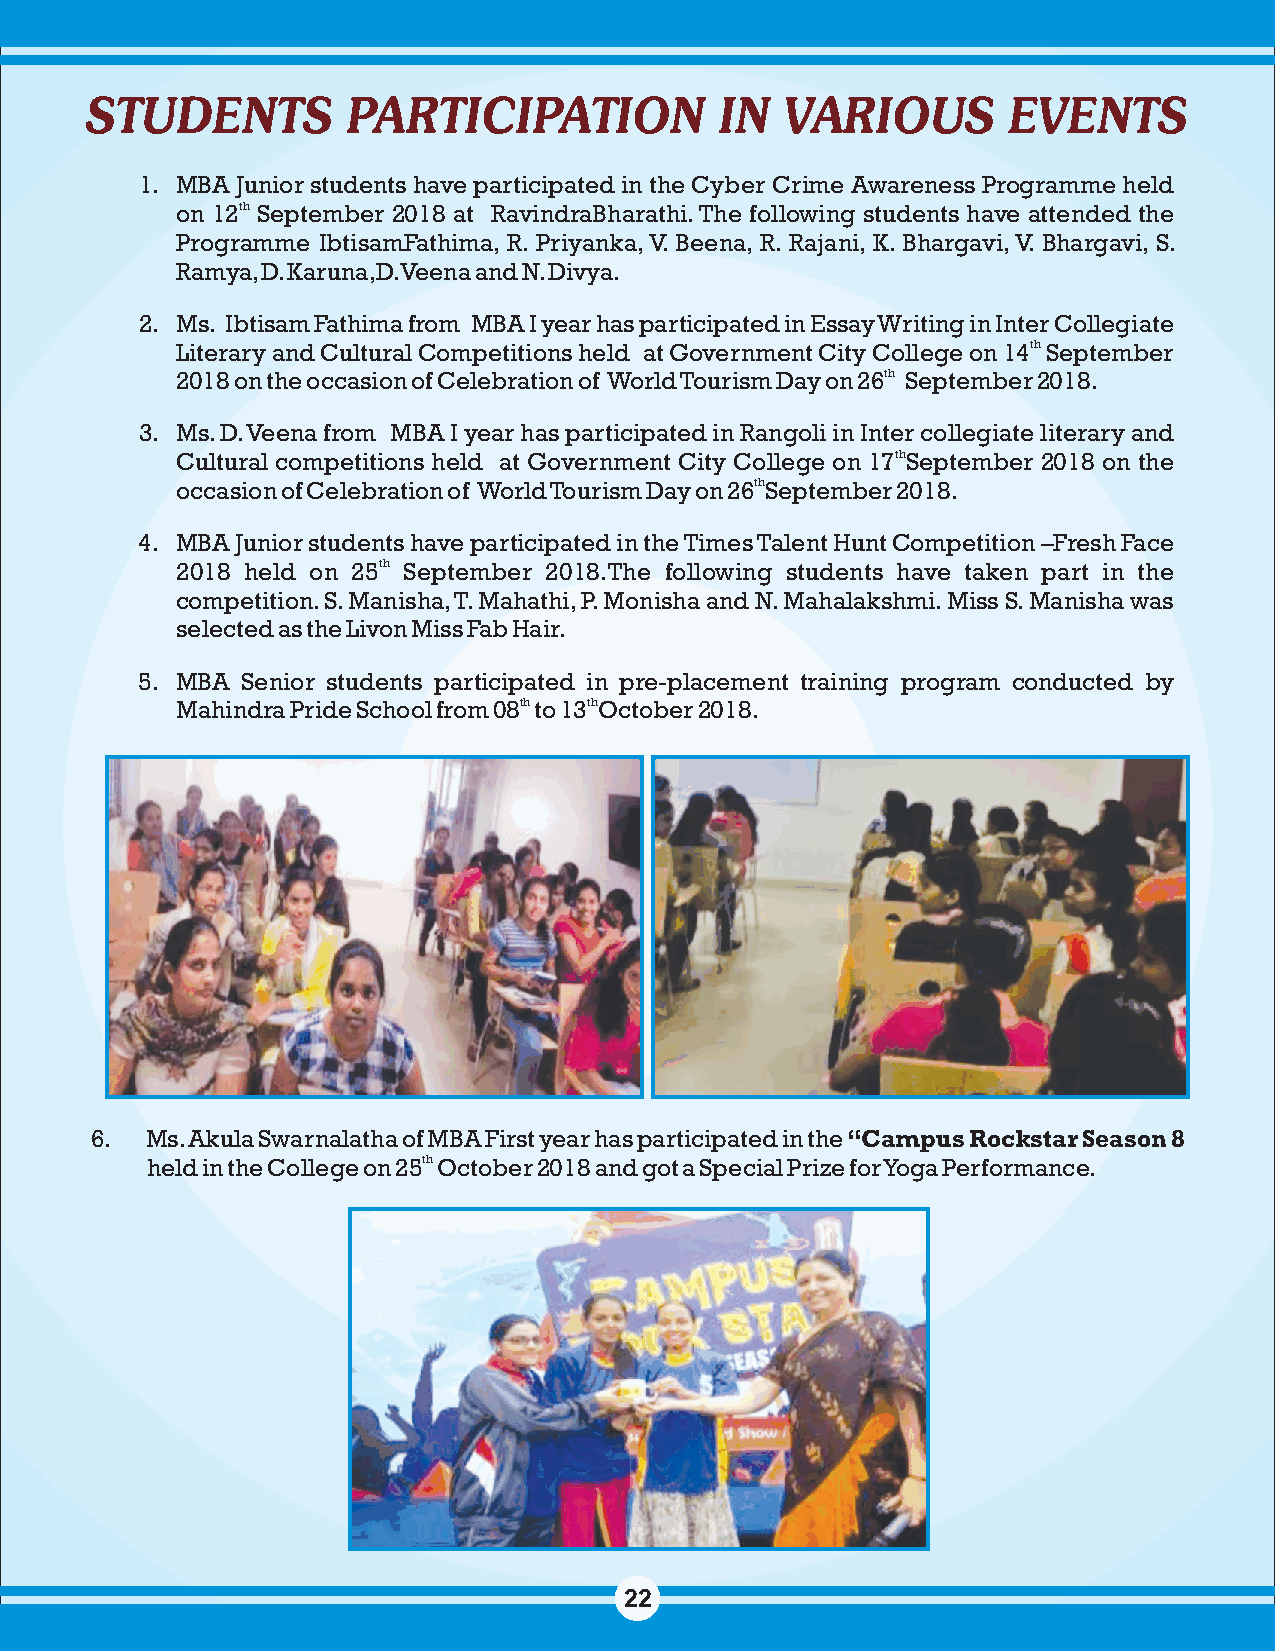
STUDENTS         PARTICIPATION            IN  VARIOUS        EVENTS
 1. MBA Junior students have participated in the Cyber Crime Awareness Programme held
 on 12th September 2018 at RavindraBharathi. The following students have attended the
 Programme IbtisamFathima, R. Priyanka, V. Beena, R. Rajani, K. Bhargavi, V. Bhargavi, S.
 Ramya, D. Karuna,D. Veena and N. Divya.
 2. Ms. Ibtisam Fathima from MBA I year has participated in Essay Writing in Inter Collegiate
 Literary and Cultural Competitions held at Government City College on 14th September
 2018 on the occasion of Celebration of World Tourism Day on 26th September 2018.
 3. Ms. D. Veena from MBA I year has participated in Rangoli in Inter collegiate literary and
 Cultural competitions held at Government City College on 17thSeptember 2018 on the
 occasion of Celebration of World Tourism Day on 26thSeptember 2018.
 4. MBA Junior students have participated in the Times Talent Hunt Competition –Fresh Face
 2018 held on 25th September 2018.The following students have taken part in the
 competition. S. Manisha, T. Mahathi, P. Monisha and N. Mahalakshmi. Miss S. Manisha was
 selected as the Livon Miss Fab Hair.
 5. MBA Senior students participated in pre-placement training program conducted by
 Mahindra Pride School from 08th to 13thOctober 2018.
 6.  Ms. Akula Swarnalatha of MBA First year has participated in the “Campus Rockstar Season 8
 held in the College on 25th October 2018 and got a Special Prize for Yoga Performance.
 22